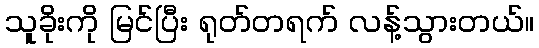
သူခိုးကို မြင်ပြီး ရုတ်တရက် လန့်သွားတယ်။